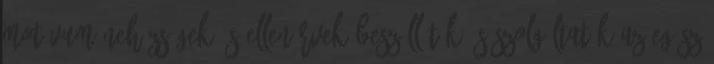
motívum Nehézségek és ellenérvek Beszállítók és szolgáltatók Az egész